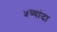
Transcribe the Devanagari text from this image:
५व्यांदा